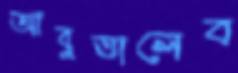
আবুতালেব